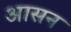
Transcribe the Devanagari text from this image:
अासन